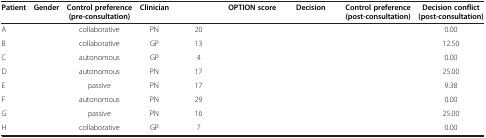
<table><thead><tr><td><b>Patient</b></td><td><b>Gender</b></td><td><b>Control preference (pre-consultation)</b></td><td><b>Clinician</b></td><td>[EMPTY_CELL]</td><td><b>OPTION score</b></td><td><b>Decision</b></td><td><b>Control preference (post-consultation)</b></td><td><b>Decision conflict (post-consultation)</b></td></tr></thead><tbody><tr><td>A</td><td>[EMPTY_CELL]</td><td>collaborative</td><td>PN</td><td>20</td><td>[EMPTY_CELL]</td><td>[EMPTY_CELL]</td><td>[EMPTY_CELL]</td><td>0.00</td></tr><tr><td>B</td><td>[EMPTY_CELL]</td><td>collaborative</td><td>GP</td><td>13</td><td>[EMPTY_CELL]</td><td>[EMPTY_CELL]</td><td>[EMPTY_CELL]</td><td>12.50</td></tr><tr><td>C</td><td>[EMPTY_CELL]</td><td>autonomous</td><td>GP</td><td>4</td><td>[EMPTY_CELL]</td><td>[EMPTY_CELL]</td><td>[EMPTY_CELL]</td><td>0.00</td></tr><tr><td>D</td><td>[EMPTY_CELL]</td><td>autonomous</td><td>PN</td><td>17</td><td>[EMPTY_CELL]</td><td>[EMPTY_CELL]</td><td>[EMPTY_CELL]</td><td>25.00</td></tr><tr><td>E</td><td>[EMPTY_CELL]</td><td>passive</td><td>PN</td><td>17</td><td>[EMPTY_CELL]</td><td>[EMPTY_CELL]</td><td>[EMPTY_CELL]</td><td>9.38</td></tr><tr><td>F</td><td>[EMPTY_CELL]</td><td>autonomous</td><td>PN</td><td>29</td><td>[EMPTY_CELL]</td><td>[EMPTY_CELL]</td><td>[EMPTY_CELL]</td><td>0.00</td></tr><tr><td>G</td><td>[EMPTY_CELL]</td><td>passive</td><td>PN</td><td>16</td><td>[EMPTY_CELL]</td><td>[EMPTY_CELL]</td><td>[EMPTY_CELL]</td><td>25.00</td></tr><tr><td>H</td><td>[EMPTY_CELL]</td><td>collaborative</td><td>GP</td><td>7</td><td>[EMPTY_CELL]</td><td>[EMPTY_CELL]</td><td>[EMPTY_CELL]</td><td>0.00</td></tr></tbody></table>